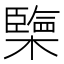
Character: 㯺